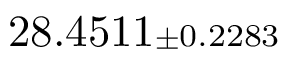
2 8 . 4 5 1 1 { \scriptstyle \pm 0 . 2 2 8 3 }